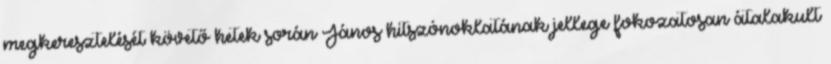
megkeresztelését követő hetek során János hitszónoklatának jellege fokozatosan átalakult